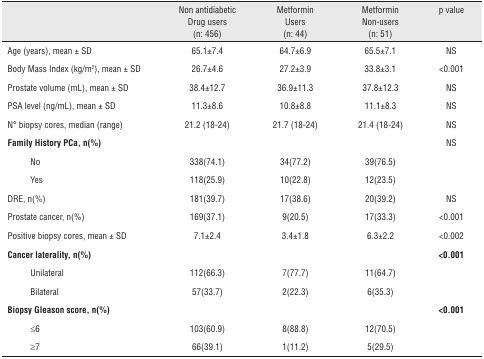
<table><thead><tr><td colspan="2"></td><td><b>Non antidiabetic Drug users (n: 456)</b></td><td><b>Metformin Users (n: 44)</b></td><td><b>Metformin Non-users (n: 51)</b></td><td><b>p value</b></td></tr></thead><tbody><tr><td colspan="2">Age (years), mean ± SD</td><td>65.1±7.4</td><td>64.7±6.9</td><td>65.5±7.1</td><td>NS</td></tr><tr><td colspan="2">Body Mass Index (kg/m<sup>2</sup>), mean ± SD</td><td>26.7±4.6</td><td>27.2±3.9</td><td>33.8±3.1</td><td>&lt;0.001</td></tr><tr><td colspan="2">Prostate volume (mL), mean ± SD</td><td>38.4±12.7</td><td>36.9±11.3</td><td>37.8±12.3</td><td>NS</td></tr><tr><td colspan="2">PSA level (ng/mL), mean ± SD</td><td>11.3±8.6</td><td>10.8±8.8</td><td>11.1±8.3</td><td>NS</td></tr><tr><td colspan="2">N° biopsy cores, median (range)</td><td>21.2 (18-24)</td><td>21.7 (18-24)</td><td>21.4 (18-24)</td><td>NS</td></tr><tr><td colspan="2"><b>Family history PCa, n(%)</b></td><td></td><td></td><td></td><td>NS</td></tr><tr><td></td><td>No</td><td>338(74.1)</td><td>34(77.2)</td><td>39(76.5)</td><td></td></tr><tr><td></td><td>Yes</td><td>118(25.9)</td><td>10(22.8)</td><td>12(23.5)</td><td></td></tr><tr><td colspan="2">DRE, n(%)</td><td>181(39.7)</td><td>17(38.6)</td><td>20(39.2)</td><td>NS</td></tr><tr><td colspan="2">Prostate cancer, n(%)</td><td>169(37.1)</td><td>9(20.5)</td><td>17(33.3)</td><td>&lt;0.001</td></tr><tr><td colspan="2">Positive biopsy cores, mean ± SD</td><td>7.1±2.4</td><td>3.4±1.8</td><td>6.3±2.2</td><td>&lt;0.002</td></tr><tr><td colspan="2"><b>Cancer laterality, n(%)</b></td><td></td><td></td><td></td><td><b>&lt;0.001</b></td></tr><tr><td></td><td>Unilateral</td><td>112(66.3)</td><td>7(77.7)</td><td>11(64.7)</td><td></td></tr><tr><td></td><td>Bilateral</td><td>57(33.7)</td><td>2(22.3)</td><td>6(35.3)</td><td></td></tr><tr><td colspan="2"><b>Biopsy Gleason score, n(%)</b></td><td></td><td></td><td></td><td><b>&lt;0.001</b></td></tr><tr><td></td><td>≤6</td><td>103(60.9)</td><td>8(88.8)</td><td>12(70.5)</td><td></td></tr><tr><td></td><td>≥7</td><td>66(39.1)</td><td>1(11.2)</td><td>5(29.5)</td><td></td></tr></tbody></table>